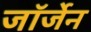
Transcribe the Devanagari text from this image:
जॉर्जेन